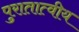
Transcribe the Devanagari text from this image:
पुरातात्वीय